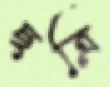
ছত্রি